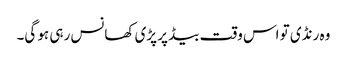
وہ رنڈی تو اس وقت بیڈ پر پڑی کھانس رہی ہو گی۔